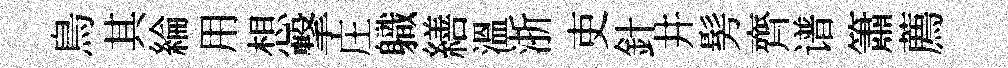
鳥其綸用想撃庄軄繕溫浙吏針井髣齊谱簫薦